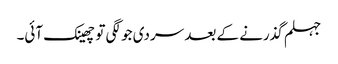
جہلم گذرنے کے بعد سردی جو لگی تو چھینک آئی۔